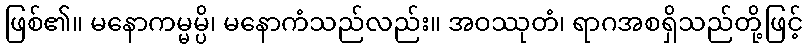
ဖြစ်၏။ မနောကမ္မမ္ပိ၊ မနောကံသည်လည်း။ အဝဿုတံ၊ ရာဂအစရှိသည်တို့ဖြင့်